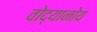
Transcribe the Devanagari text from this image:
वोद्यानोय